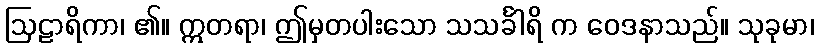
ဩဠာရိကာ၊ ၏။ ဣတရာ၊ ဤမှတပါးသော သသင်္ခါရိ က ဝေဒနာသည်။ သုခုမာ၊